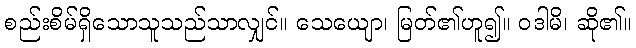
စည်းစိမ်ရှိသောသူသည်သာလျှင်။ သေယျော၊ မြတ်၏ဟူ၍။ ဝဒါမိ၊ ဆို၏။